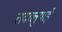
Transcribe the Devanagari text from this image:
तवालुयाई